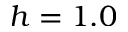
h = 1 . 0